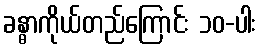
ခန္ဓာကိုယ်တည်ကြောင်း ၁၀-ပါး